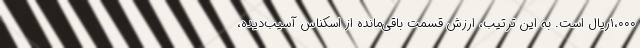
۱،۰۰۰ریال است. به این ترتیب، ارزش قسمت باقی‌مانده از اسکناس آسیب‌دیده،